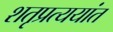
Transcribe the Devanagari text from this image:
शतृप्रत्ययांत